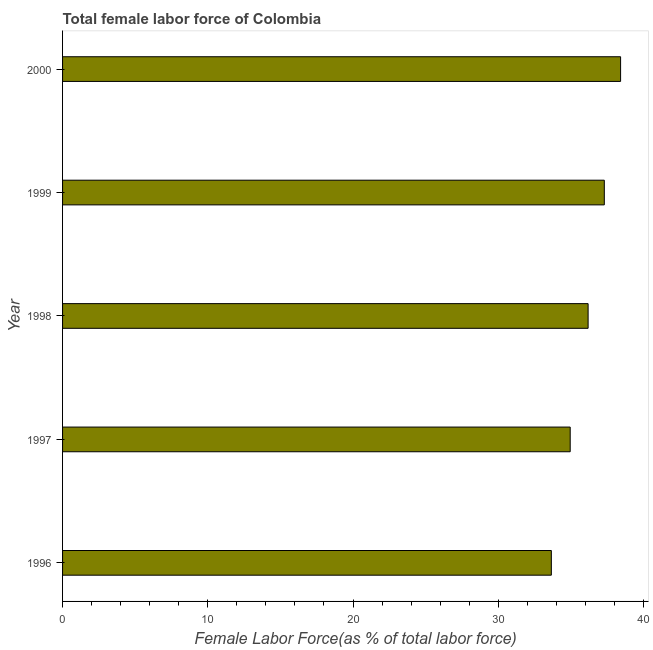
| Year | Female Labor force |
 | --- | --- |
 | 1996 | 33.7 |
 | 1997 | 35 |
 | 1998 | 36.2 |
 | 1999 | 37.3 |
 | 2000 | 38.4 |